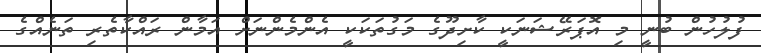
ފުލުހުން ބުނީ މި އޮޮޕަރޭޝަނަކީ ކާށިދޫގެ މަގުތަކަކީ އެންމެންނަށް އަމާން ރައްކާތެރި ތަނެއްގެ